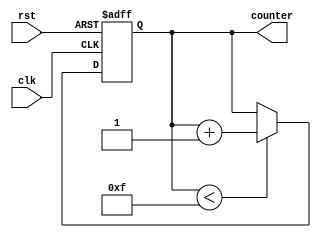
module IncrementalForLoop (
    input wire clk,
    input wire rst,
    output reg [3:0] counter
);

parameter START_VALUE = 0;
parameter END_VALUE = 15;
parameter STEP_VALUE = 1;

always @(posedge clk or posedge rst) begin
    if (rst) begin
        counter <= START_VALUE;
    end else begin
        if (counter < END_VALUE) begin
            counter <= counter + STEP_VALUE;
        end
    end
end

endmodule